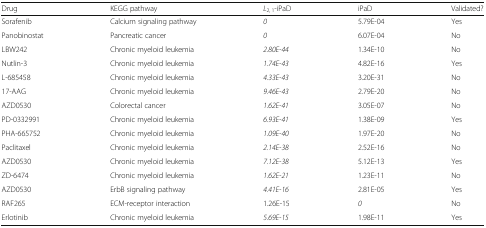
<table><thead><tr><td><b>Drug</b></td><td><b>KEGG pathway</b></td><td><b><i>L</i><sub>2, 1</sub>-iPaD</b></td><td><b>iPaD</b></td><td><b>Validated?</b></td></tr></thead><tbody><tr><td>Sorafenib</td><td>Calcium signaling pathway</td><td><i>0</i></td><td>5.79E-04</td><td>Yes</td></tr><tr><td>Panobinostat</td><td>Pancreatic cancer</td><td><i>0</i></td><td>6.07E-04</td><td>No</td></tr><tr><td>LBW242</td><td>Chronic myeloid leukemia</td><td><i>2.80E-44</i></td><td>1.34E-10</td><td>No</td></tr><tr><td>Nutlin-3</td><td>Chronic myeloid leukemia</td><td><i>1.74E-43</i></td><td>4.82E-16</td><td>Yes</td></tr><tr><td>L-685458</td><td>Chronic myeloid leukemia</td><td><i>4.33E-43</i></td><td>3.20E-31</td><td>No</td></tr><tr><td>17-AAG</td><td>Chronic myeloid leukemia</td><td><i>9.46E-43</i></td><td>2.79E-20</td><td>No</td></tr><tr><td>AZD0530</td><td>Colorectal cancer</td><td><i>1.62E-41</i></td><td>3.05E-07</td><td>No</td></tr><tr><td>PD-0332991</td><td>Chronic myeloid leukemia</td><td><i>6.93E-41</i></td><td>1.38E-09</td><td>Yes</td></tr><tr><td>PHA-665752</td><td>Chronic myeloid leukemia</td><td><i>1.09E-40</i></td><td>1.97E-20</td><td>No</td></tr><tr><td>Paclitaxel</td><td>Chronic myeloid leukemia</td><td><i>2.14E-38</i></td><td>2.52E-16</td><td>No</td></tr><tr><td>AZD0530</td><td>Chronic myeloid leukemia</td><td><i>7.12E-38</i></td><td>5.12E-13</td><td>Yes</td></tr><tr><td>ZD-6474</td><td>Chronic myeloid leukemia</td><td><i>1.62E-21</i></td><td>1.23E-11</td><td>No</td></tr><tr><td>AZD0530</td><td>ErbB signaling pathway</td><td><i>4.41E-16</i></td><td>2.81E-05</td><td>Yes</td></tr><tr><td>RAF265</td><td>ECM-receptor interaction</td><td>1.26E-15</td><td><i>0</i></td><td>No</td></tr><tr><td>Erlotinib</td><td>Chronic myeloid leukemia</td><td><i>5.69E-15</i></td><td>1.98E-11</td><td>Yes</td></tr></tbody></table>